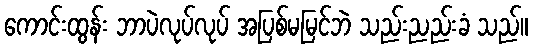
ကောင်းထွန်း ဘာပဲလုပ်လုပ် အပြစ်မမြင်ဘဲ သည်းညည်းခံ သည်။